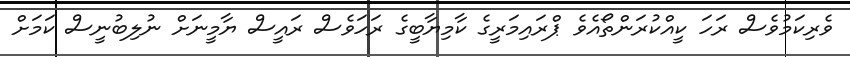
ވެރިކަމުވެސް ރަހަ ކީއްކުރަންތޯއެވެ ޕްރައިމަރީގެ ކާމިޔާބީގެ ރަހަވެސް ރައީސް ޔާމީނަށް ނުލިބުނީސް ކަމަށް